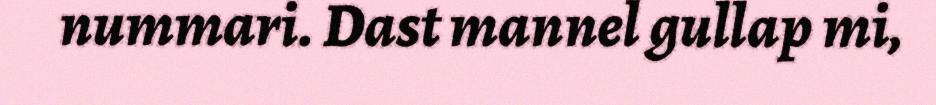
nummari. Dast mannel gullap mi,